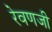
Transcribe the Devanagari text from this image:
रेवणजी